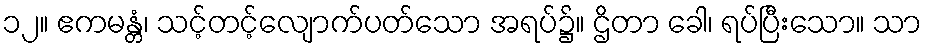
၁၂။ ဧကမန္တံ၊ သင့်တင့်လျောက်ပတ်သော အရပ်၌။ ဌိတာ ခေါ၊ ရပ်ပြီးသော။ သာ